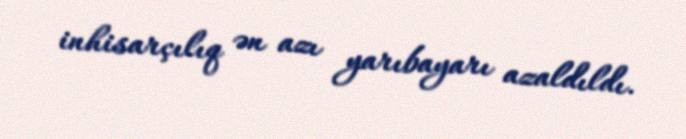
inhisarçılıq ən azı yarıbayarı azaldıldı.